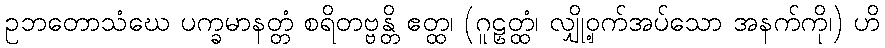
ဥဘတောသံဃေ ပက္ခမာနတ္တံ စရိတဗ္ဗန္တိ ဧတ္ထ၊ (ဂူဠှတ္ထံ၊ လျှို့ဝှက်အပ်သော အနက်ကို၊) ဟိ